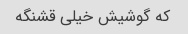
که گوشیش خیلی قشنگه